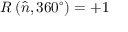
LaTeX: R \left( { \hat { n } } , 3 6 0 ^ { \circ } \right) = + 1